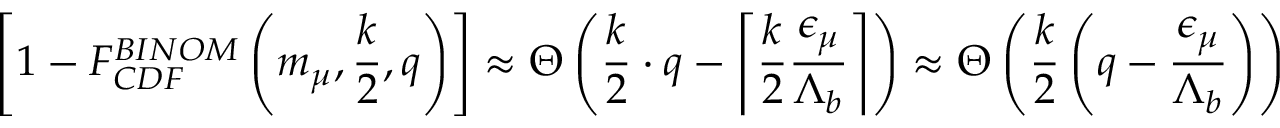
\left[ 1 - F _ { C D F } ^ { B I N O M } \left( m _ { \mu } , \frac { k } { 2 } , q \right) \right] \approx \Theta \left( \frac { k } { 2 } \cdot q - \left\lceil \frac { k } { 2 } \frac { { \epsilon } _ { \mu } } { { \Lambda } _ { b } } \right\rceil \right) \approx \Theta \left( \frac { k } { 2 } \left( q - \frac { { \epsilon } _ { \mu } } { { \Lambda } _ { b } } \right) \right)